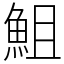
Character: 䱉